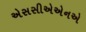
એસસીએએનએ